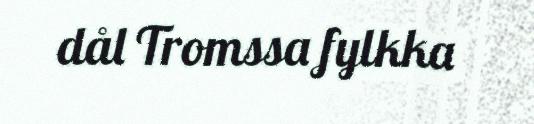
dål Tromssa fylkka